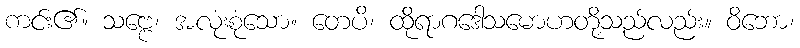
ကင်း၏။ သဗ္ဗေ၊ အလုံးစုံသော။ တေပိ၊ ထိုရာဂဒေါသမောဟတို့သည်လည်း။ ဝိဘော၊